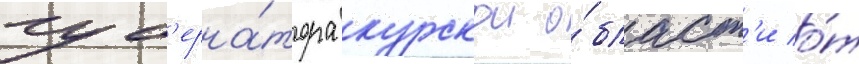
губ'ерна́тора курскои о́бласт'и о́т